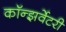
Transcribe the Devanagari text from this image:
कॉन्झर्वेटरी